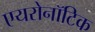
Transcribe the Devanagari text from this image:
एयरोनॉटिक